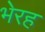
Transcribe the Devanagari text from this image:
भेरह